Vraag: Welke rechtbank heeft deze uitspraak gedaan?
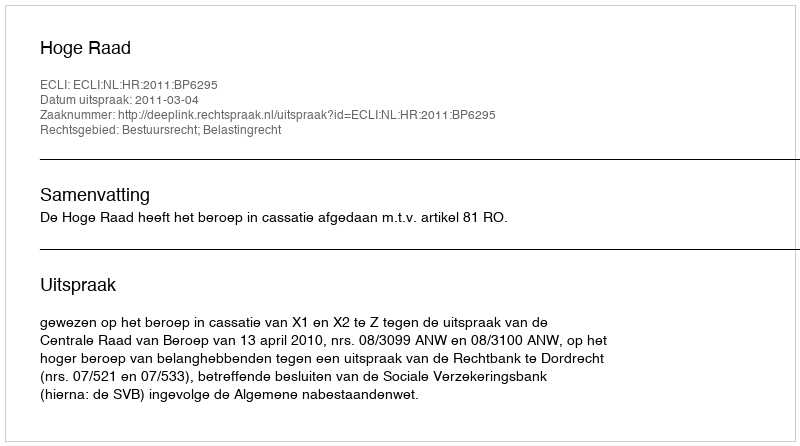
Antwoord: Hoge Raad